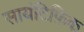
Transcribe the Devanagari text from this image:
सायंटिफ़िक